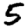
Digit: 5